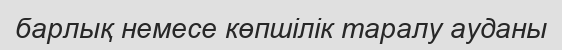
барлық немесе көпшілік таралу ауданы